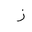
Letter: _zay